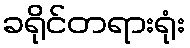
ခရိုင်တရားရုံး